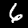
Label: 6